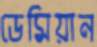
ডেমিয়ান